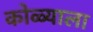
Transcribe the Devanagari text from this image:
कोळ्याला